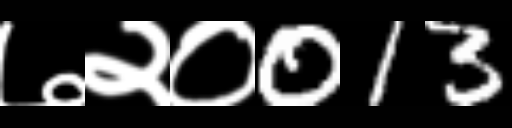
Text: ७२०013